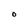
Character: O